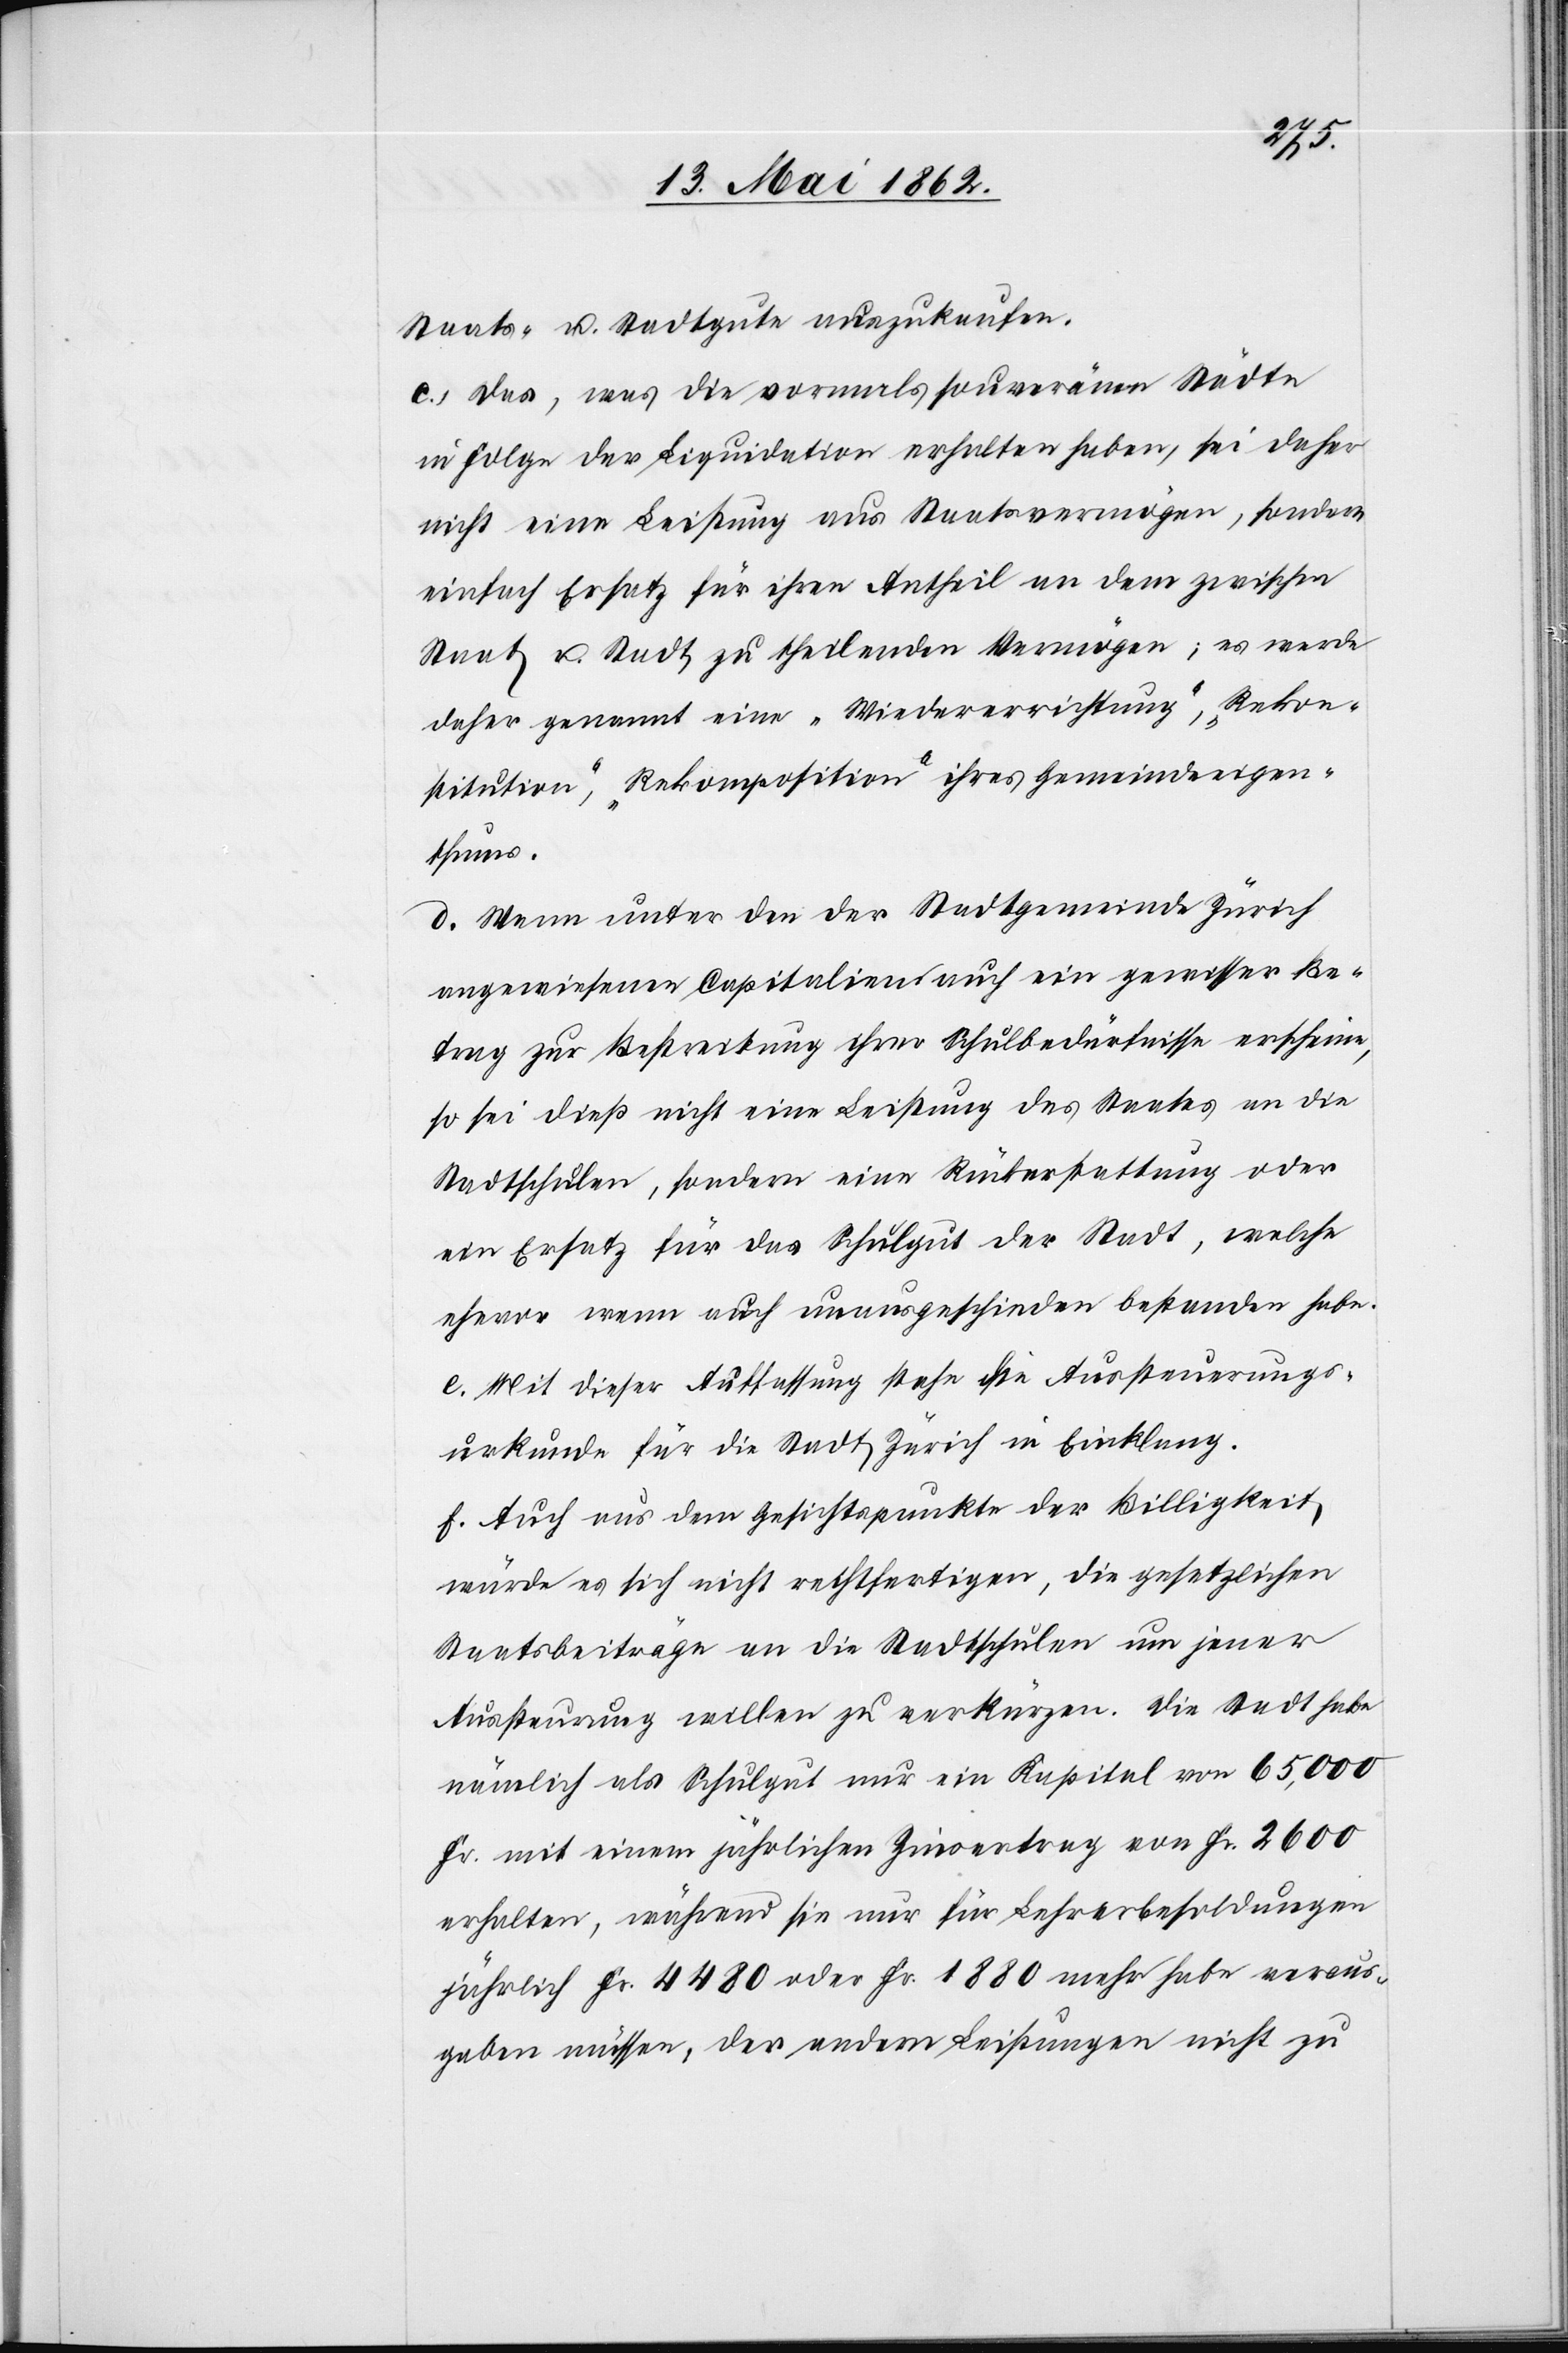
Staats- u. Stadtgute auszukaufen.
c. Das, was die vormals souveränen Städte
in Folge der Liquidation erhalten haben, sei daher
nicht eine Leistung aus Staatsvermögen, sondern
einfach Ersatz für ihren Antheil an dem zwischen
Staat u. Stadt zu theilenden Vermögen; es werde
daher genannt eine „Wiedererrichtung“, „Rekon¬
stitution“, „Rekomposition“ ihres Gemeindeigen¬
thums.
d. Wenn unter den der Stadtgemeinde Zürich
angewiesenen Capitalien auch ein gewisser Be¬
itrag zur Bestreitung ihrer Schulbedürfnisse erscheine,
so sei dieß nicht eine Leistung des Staates an die
Stadtschulen, sondern eine Rückerstattung oder
ein Ersatz für das Schulgut der Stadt, welche
ehevor wenn auch unausgeschieden bestanden habe.
e. Mit dieser Ausstattung stehe die Aussteuerungs¬
urkunde für die Stadt Zürich in Einklang.
f. Auch aus dem Gesichtspunkte der Billigkeit,
würde es sich nicht rechtfertigen, die gesetzlichen
Staatsbeiträge an die Stadtschulen um jener
Aussteurung willen zu verkürzen. Die Stadt habe
nämlich als Schulgut nur ein Kapital von 65,000
Fr. mit einem jährlichen Zinsertrag von Fr. 2600
erhalten, während sie nur für Lehrerbesoldungen
jährlich Fr. 4480 oder Fr. 1880 mehr habe voraus¬
gaben müssen, der andern Leistungen nicht zu